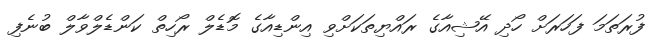
ފުރަތަމަ ފަހަރަށް ހޯދި އޭޝިއާގެ ރައްޔިތަކަށްވި އިންޑިއާގެ މޮޑެލް ރޯހިތް ކަންޑެލްވާލް ބުނެފި